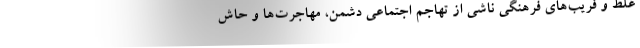
غلط و فریب‌های فرهنگی ناشی از تهاجم اجتماعی دشمن، مهاجرت‌ها و حاش